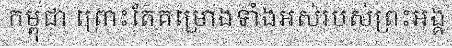
កម្ពុជា ព្រោះតែគម្រោងទាំងអស់របស់ព្រះអង្គ